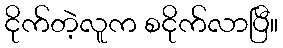
ငိုက်တဲ့လူက စငိုက်လာပြီ။